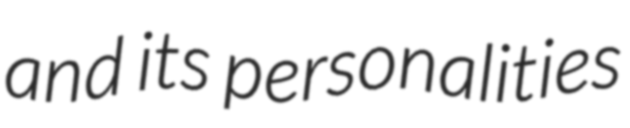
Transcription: and its personalities